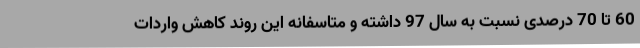
60 تا 70 درصدی نسبت به سال 97 داشته و متاسفانه این روند کاهش واردات